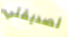
لصديقتي